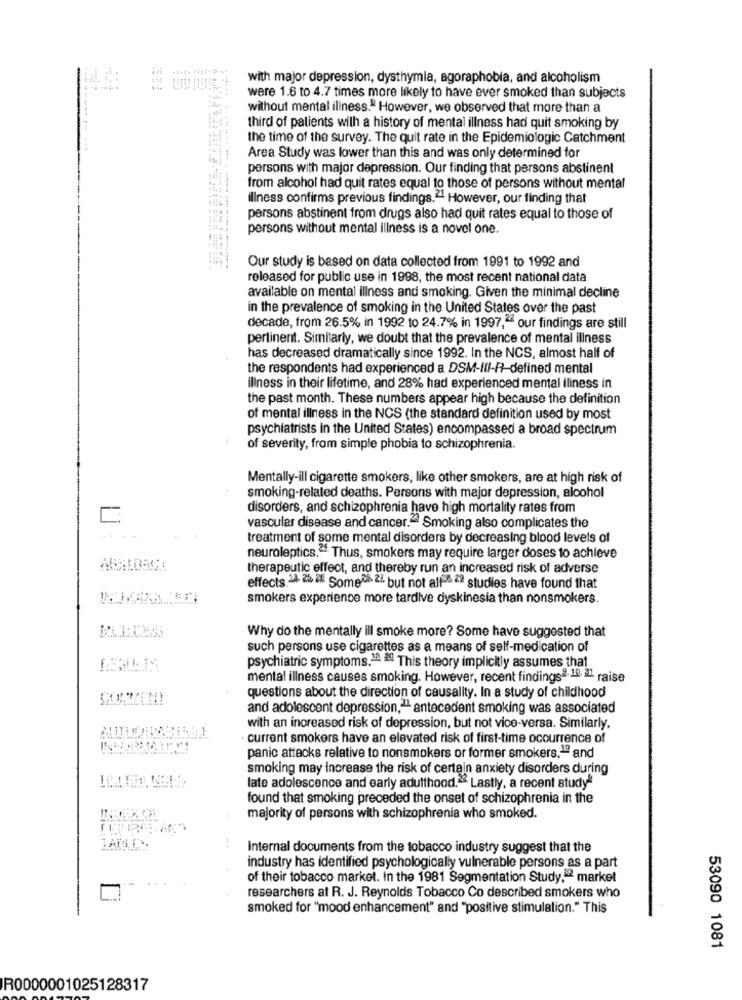
:
with major depression, dysthymia, agoraphobia, and alcoholism
were 1.6 to 4.7 times more likely to have ever smoked than subjects
without mental illness." However, we observed that more than a
third of patients with a history of mental illness had quit smoking by
the time of the survey. The quit rate in the Epidemiologic Catchment
Area Study was lower than this and was only determined for
persons with major depression. Our finding that persons abstinent
from alcohol had quit rates equal to those of persons without mental
illness confirms previous findings. However, our finding that
persons abstinent from drugs also had quit rates equal to those of
persons without mental illness is a novel one.
Our study is based on data collected from 1991 to 1992 and
released for public use in 1998, the most recent national data
available on mental illness and smoking. Given the minimal decline
in the prevalence of smoking in the United States over the past
decade, from 26.5% in 1992 to 24.7% in 1997," our findings are still
pertinent. Similarly, we doubt that the prevalence of mental illness
has decreased dramatically since 1992. In the NCS, almost half of
the respondents had experienced a DSM-III-R-defined mental
illness in their lifetime, and 28% had experienced mental iliness in
the past month. These numbers appear high because the definition
of mental illness in the NCS (the standard definition used by most
psychiatrists in the United States) encompassed a broad spectrum
of severity, from simple phobia to schizophrenia.
Mentally-ill cigarette smokers, like other smokers, are at high risk of
smoking-related deaths. Persons with major depression, alcohol
disorders, and schizophrenia have high mortality rates from
vascular disease and cancer." Smoking also complicates the
treatment of some mental disorders by decreasing blood levels of
neuroleptics." Thus, smokers may require larger doses to achieve
therapeutic effect, and thereby run an increased risk of adverse
effects. 14: 26 2. Some08.2%, but not aff 2ª studies have found that
smokers experience more tardive dyskinesia than nonsmokers.
Why do the mentally ill smoke more? Some have suggested that
such persons use cigarettes as a means of self-medication of
psychiatric symptoms .= = This theory implicitly assumes that
mental illness causes smoking. However, recent findingsª 19 21 raise
questions about the direction of causality. In a study of childhood
and adolescent depression," antecedent smoking was associated
with an increased risk of depression, but not vice-versa. Similarly.
current smokers have an elevated risk of first-time occurrence of
panic attacks relative to nonsmokers or former smokers," and
smoking may increase the risk of certain anxiety disorders during
late adolescence and early adulthood." Lastly, a recent study"
found that smoking preceded the onset of schizophrenia in the
majority of persons with schizophrenia who smoked.
Internal documents from the tobacco industry suggest that the
industry has identified psychologically vulnerable persons as a part
of their tobacco market. In the 1981 Segmentation Study," market
researchers at R. J. Reynolds Tobacco Co described smokers who
smoked for "mood enhancement" and "positive stimulation." This
53090 1081
R0000001025128317